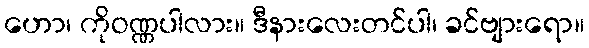
ဟော၊ ကိုဝဏ္ဏပါလား။ ဒီနားလေးတင်ပါ၊ ခင်ဗျားရော။